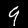
Digit: 9